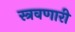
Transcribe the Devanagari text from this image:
स्त्रवणारी